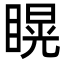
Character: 䁜